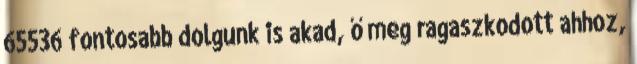
65536 fontosabb dolgunk is akad, ő meg ragaszkodott ahhoz,